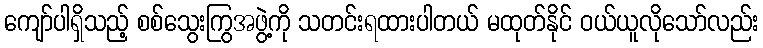
ကျော်ပါရှိသည့် စစ်သွေးကြွအဖွဲ့ကို သတင်းရထားပါတယ် မထုတ်နိုင် ဝယ်ယူလိုသော်လည်း